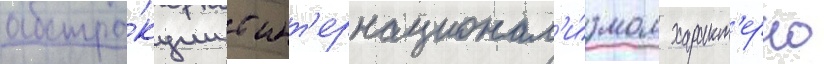
абстра́кции с инт'ернационал'и́змом характ'ерно